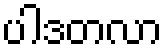
ပါဒတလာ